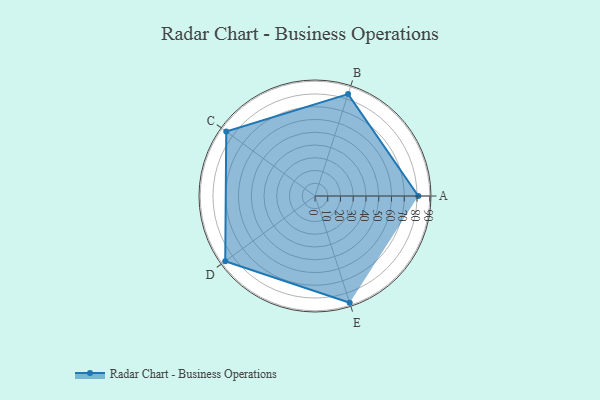
{"axis": {"x": "Skill", "y": "Score"}, "legend": ["Profile"], "data": [{"x": "A", "y": 81.0, "type": "Profile"}, {"x": "B", "y": 84.0, "type": "Profile"}, {"x": "C", "y": 86.0, "type": "Profile"}, {"x": "D", "y": 87.0, "type": "Profile"}, {"x": "E", "y": 88.0, "type": "Profile"}]}